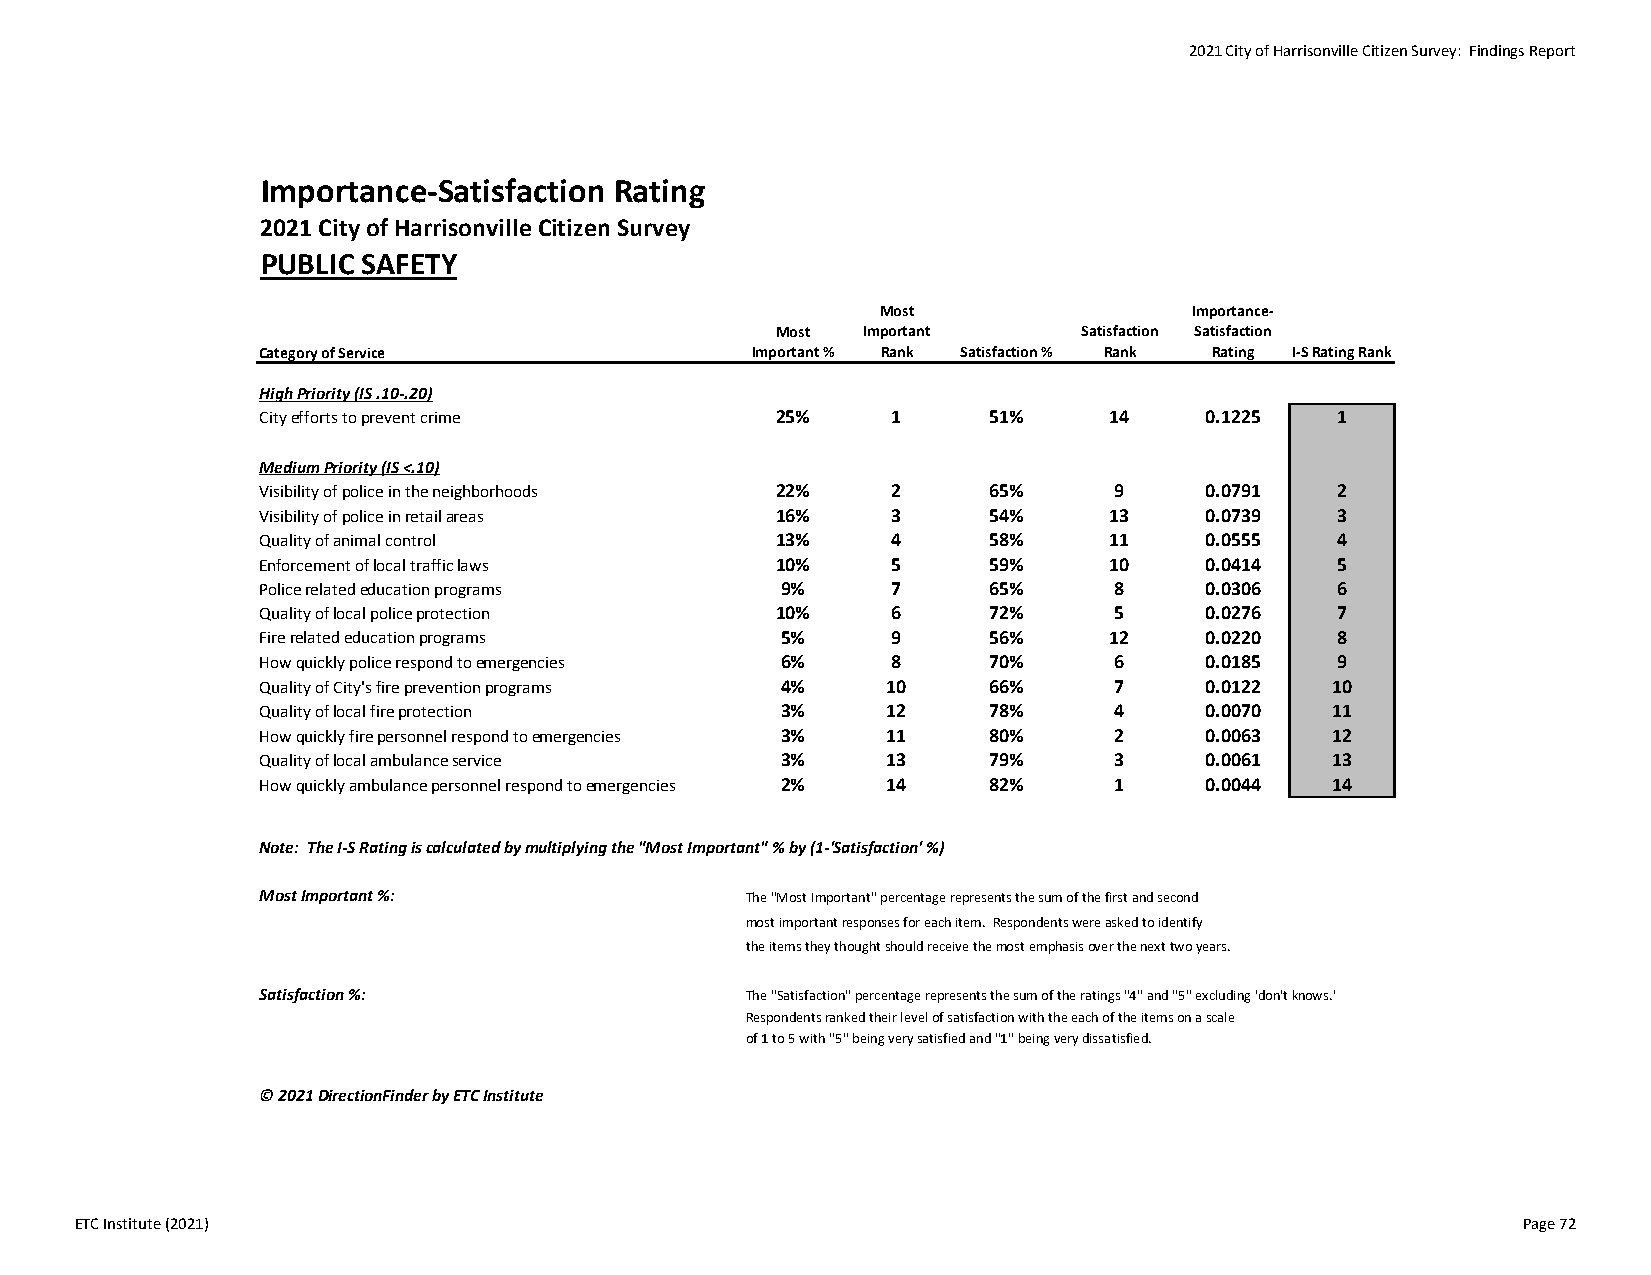
2021 City of Harrisonville Citizen Survey: Findings Report
 Importance‐Satisfaction Rating
 2021 City of Harrisonville Citizen Survey
 PUBLIC SAFETY
 Most                 Importance‐
 Most  Important      Satisfaction Satisfaction
 Category of Service              Important % Rank Satisfaction % Rank Rating I‐S Rating Rank
 High Priority (IS .10‐.20)
 City efforts to prevent crime     25%     1     51%     14     0.1225  1
 Medium Priority (IS <.10)
 Visibility of police in the neighborhoods 22% 2 65%      9     0.0791  2
 Visibility of police in retail areas 16%  3     54%     13     0.0739  3
 Quality of animal control         13%     4     58%     11     0.0555  4
 Enforcement of local traffic laws 10%     5     59%     10     0.0414  5
 Police related education programs  9%     7     65%      8     0.0306  6
 Quality of local police protection 10%    6     72%      5     0.0276  7
 Fire related education programs    5%     9     56%     12     0.0220  8
 How quickly police respond to emergencies 6% 8  70%      6     0.0185  9
 Quality of City's fire prevention programs 4% 10 66%     7     0.0122  10
 Quality of local fire protection   3%     12    78%      4     0.0070  11
 How quickly fire personnel respond to emergencies 3% 11 80% 2  0.0063  12
 Quality of local ambulance service 3%     13    79%      3     0.0061  13
 How quickly ambulance personnel respond to emergencies 2% 14 82% 1 0.0044 14
 Note: The I‐S Rating is calculated by multiplying the "Most Important" % by (1‐'Satisfaction' %)
 Most Important %:               The "Most Important" percentage represents the sum of the first and second
 most important responses for each item. Respondents were asked to identify
 the items they thought should receive the most emphasis over the next two years.
 Satisfaction %:                 The "Satisfaction" percentage represents the sum of the ratings "4" and "5" excluding 'don't knows.'
 Respondents ranked their level of satisfaction with the each of the items on a scale
 of 1 to 5 with "5" being very satisfied and "1" being very dissatisfied.
 © 2021 DirectionFinder by ETC Institute
 ETC Institute (2021)                                                                            Page 72